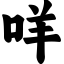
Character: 咩